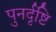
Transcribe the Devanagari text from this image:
पुनर्दृष्टि